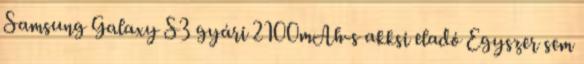
Samsung Galaxy S3 gyári 2100mAh-s akksi eladó Egyszer sem